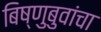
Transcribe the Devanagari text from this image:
बिष्णुबुवांचा